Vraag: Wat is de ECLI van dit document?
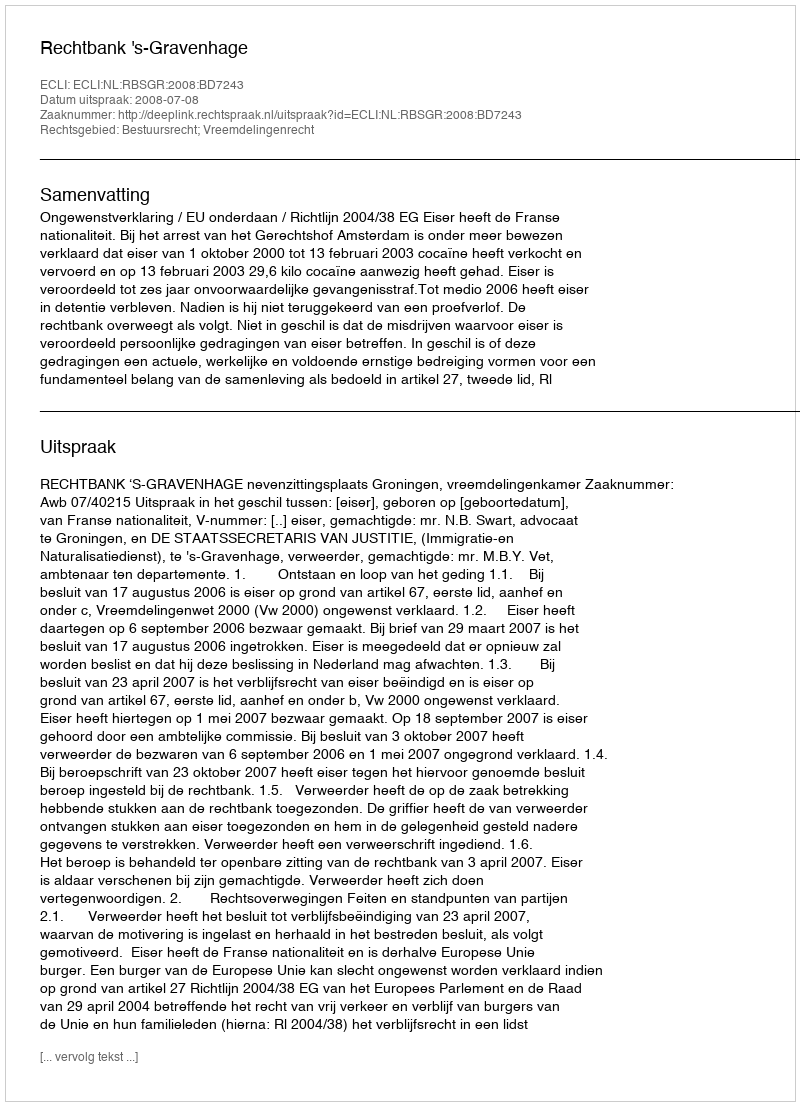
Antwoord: ECLI:NL:RBSGR:2008:BD7243